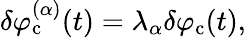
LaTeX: \delta\varphi_{\mathrm{c}}^{(\alpha)}(t)=\lambda_{\alpha}\delta\varphi_{\mathrm{c}}(t),